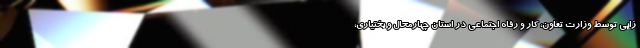
زایی توسط وزارت تعاون، کار و رفاه اجتماعی در استان چهارمحال و بختیاری،